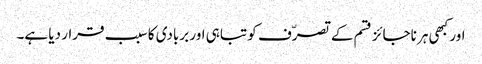
اور کبھی ہر ناجائز قسم کے تصرّف کو تباہی اور بربادی کا سبب قرار دیا ہے۔